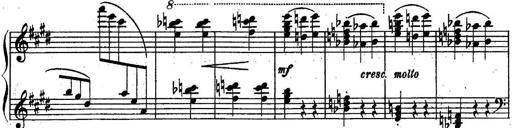
Title: Sonatine
Composer: Adrian Shaposhnikov
Key: E minor